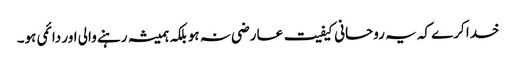
خدا کرے کہ یہ روحانی کیفیت عارضی نہ ہو بلکہ ہمیشہ رہنے والی اور دائمی ہو۔